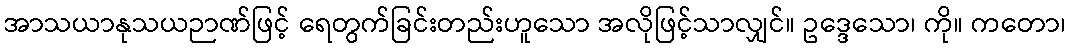
အာသယာနုသယဉာဏ်ဖြင့် ရေတွက်ခြင်းတည်းဟူသော အလိုဖြင့်သာလျှင်။ ဥဒ္ဒေသော၊ ကို။ ကတော၊